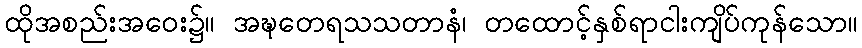
ထိုအစည်းအဝေး၌။ အဍ္ဎတေရသသတာနံ၊ တထောင့်နှစ်ရာငါးကျိပ်ကုန်သော။